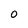
Character: O